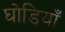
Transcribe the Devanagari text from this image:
घोड़ियाँ